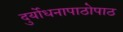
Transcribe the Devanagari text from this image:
दुर्योधनापाठोपाठ